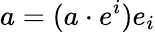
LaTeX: a=(a\cdot e^{i})e_{i}